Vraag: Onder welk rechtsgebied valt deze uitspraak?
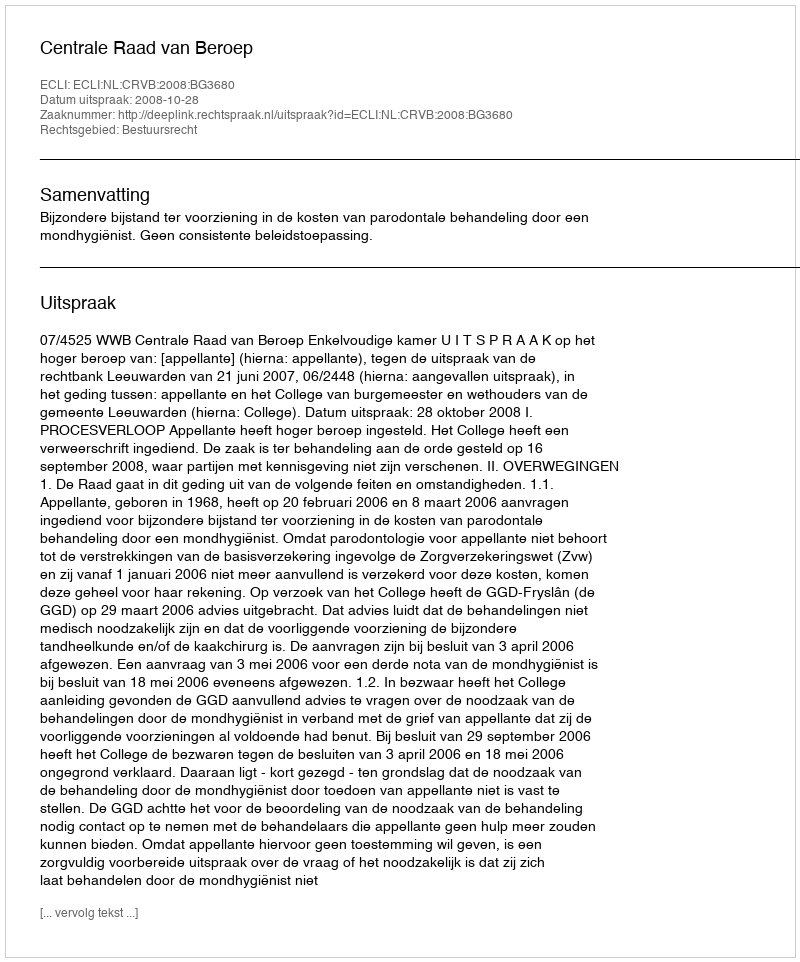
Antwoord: Bestuursrecht